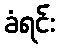
ခံရင်း